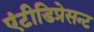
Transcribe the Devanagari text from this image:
एंटीडिप्रेसन्ट